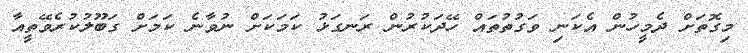
މިގޮތަށް ދެމީހުން އެކަނި ވަގުތުތައް ހޭދަކުރުން ރަނގަޅު ކަމަކަށް ނުވާނެ ކަމަށް ގަބޫލުކުރެވޭތީއާ